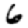
Digit: 6